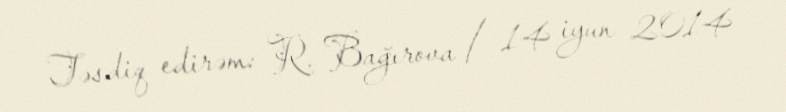
Təsdiq edirəm: R. Bağırova / 14 iyun 2014